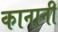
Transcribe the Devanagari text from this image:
कानानी